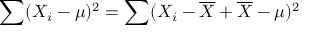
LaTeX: \sum ( X _ { i } - \mu ) ^ { 2 } = \sum ( X _ { i } - { \overline { { X } } } + { \overline { { X } } } - \mu ) ^ { 2 }